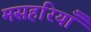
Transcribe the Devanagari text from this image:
मसहरियाँ